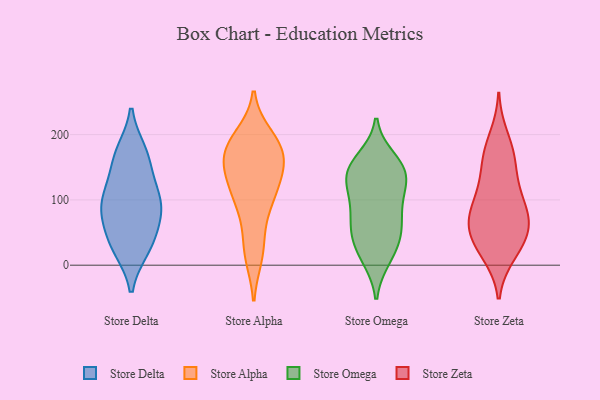
{"axis": {"x": "Budget (USD K)", "y": "Value"}, "legend": ["Store Alpha", "Store Delta", "Store Omega", "Store Zeta"], "data": [{"x": "", "y": 27, "type": "Store Delta"}, {"x": "", "y": 170, "type": "Store Delta"}, {"x": "", "y": 173, "type": "Store Delta"}, {"x": "", "y": 65, "type": "Store Delta"}, {"x": "", "y": 154, "type": "Store Delta"}, {"x": "", "y": 37, "type": "Store Delta"}, {"x": "", "y": 92, "type": "Store Delta"}, {"x": "", "y": 82, "type": "Store Delta"}, {"x": "", "y": 110, "type": "Store Delta"}, {"x": "", "y": 90, "type": "Store Delta"}, {"x": "", "y": 26, "type": "Store Delta"}, {"x": "", "y": 112, "type": "Store Delta"}, {"x": "", "y": 184, "type": "Store Alpha"}, {"x": "", "y": 106, "type": "Store Alpha"}, {"x": "", "y": 197, "type": "Store Alpha"}, {"x": "", "y": 157, "type": "Store Alpha"}, {"x": "", "y": 41, "type": "Store Alpha"}, {"x": "", "y": 136, "type": "Store Alpha"}, {"x": "", "y": 151, "type": "Store Alpha"}, {"x": "", "y": 15, "type": "Store Alpha"}, {"x": "", "y": 185, "type": "Store Alpha"}, {"x": "", "y": 112, "type": "Store Alpha"}, {"x": "", "y": 90, "type": "Store Alpha"}, {"x": "", "y": 161, "type": "Store Alpha"}, {"x": "", "y": 187, "type": "Store Alpha"}, {"x": "", "y": 182, "type": "Store Alpha"}, {"x": "", "y": 128, "type": "Store Alpha"}, {"x": "", "y": 17, "type": "Store Alpha"}, {"x": "", "y": 160, "type": "Store Alpha"}, {"x": "", "y": 92, "type": "Store Alpha"}, {"x": "", "y": 100, "type": "Store Omega"}, {"x": "", "y": 146, "type": "Store Omega"}, {"x": "", "y": 49, "type": "Store Omega"}, {"x": "", "y": 34, "type": "Store Omega"}, {"x": "", "y": 14, "type": "Store Omega"}, {"x": "", "y": 124, "type": "Store Omega"}, {"x": "", "y": 147, "type": "Store Omega"}, {"x": "", "y": 73, "type": "Store Omega"}, {"x": "", "y": 11, "type": "Store Omega"}, {"x": "", "y": 95, "type": "Store Omega"}, {"x": "", "y": 148, "type": "Store Omega"}, {"x": "", "y": 125, "type": "Store Omega"}, {"x": "", "y": 162, "type": "Store Omega"}, {"x": "", "y": 64, "type": "Store Omega"}, {"x": "", "y": 51, "type": "Store Omega"}, {"x": "", "y": 144, "type": "Store Omega"}, {"x": "", "y": 66, "type": "Store Zeta"}, {"x": "", "y": 52, "type": "Store Zeta"}, {"x": "", "y": 81, "type": "Store Zeta"}, {"x": "", "y": 158, "type": "Store Zeta"}, {"x": "", "y": 197, "type": "Store Zeta"}, {"x": "", "y": 16, "type": "Store Zeta"}, {"x": "", "y": 125, "type": "Store Zeta"}, {"x": "", "y": 112, "type": "Store Zeta"}, {"x": "", "y": 71, "type": "Store Zeta"}, {"x": "", "y": 79, "type": "Store Zeta"}, {"x": "", "y": 58, "type": "Store Zeta"}, {"x": "", "y": 28, "type": "Store Zeta"}, {"x": "", "y": 169, "type": "Store Zeta"}, {"x": "", "y": 107, "type": "Store Zeta"}, {"x": "", "y": 168, "type": "Store Zeta"}, {"x": "", "y": 48, "type": "Store Zeta"}, {"x": "", "y": 20, "type": "Store Zeta"}]}